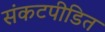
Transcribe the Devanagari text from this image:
संकटपीडित